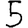
Digit: 5